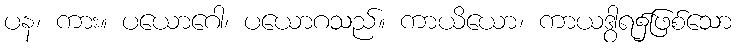
ပန၊ ကား။ ပယောဂေါ၊ ပယောဂသည်။ ကာယိယော၊ ကာယဒွါရ၌ဖြစ်သော